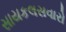
સાયકલસવારો